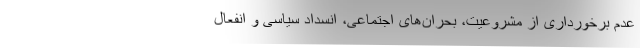
عدم برخورداری از مشروعیت‌، بحران‌های اجتماعی‌، انسداد سیاسی و انفعال